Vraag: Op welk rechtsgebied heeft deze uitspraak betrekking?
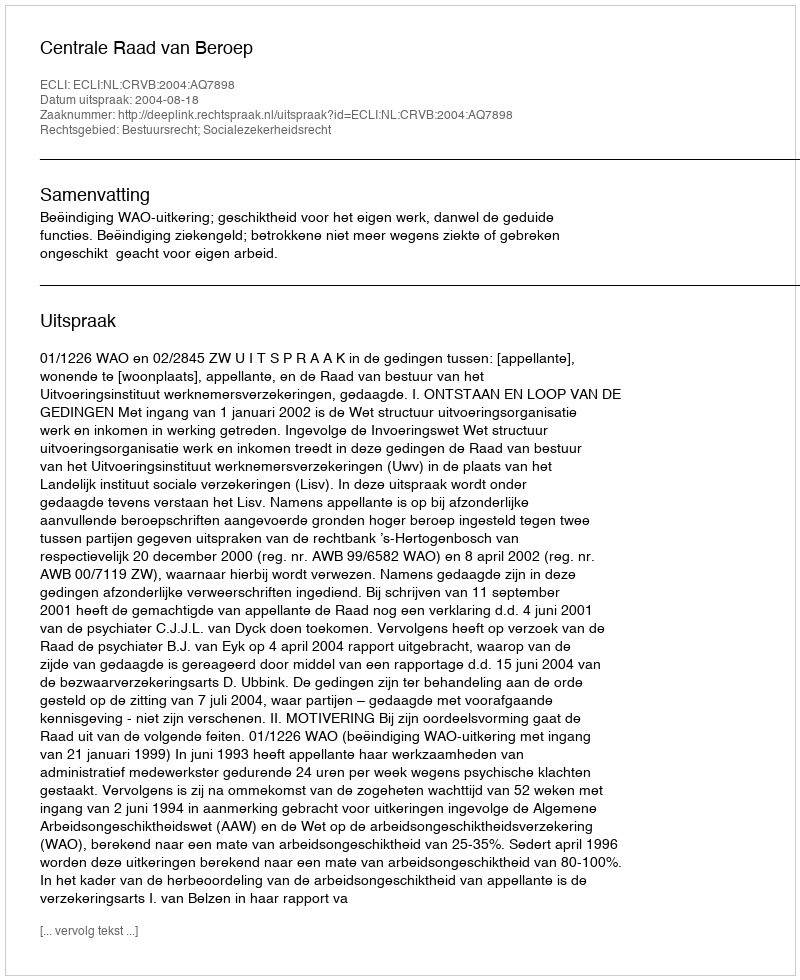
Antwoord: Bestuursrecht; Socialezekerheidsrecht